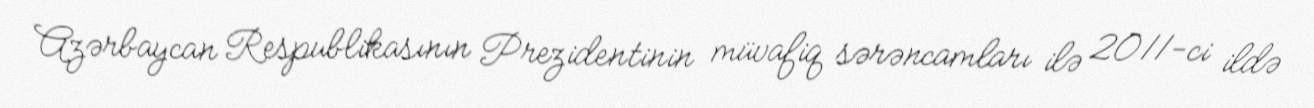
Azərbaycan Respublikasının Prezidentinin müvafiq sərəncamları ilə 2011-ci ildə